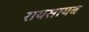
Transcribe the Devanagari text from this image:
रायसायब